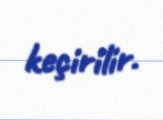
keçirilir.